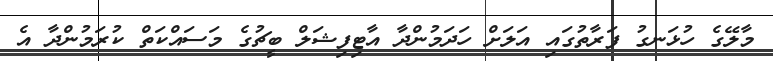
މާލޭގެ ހުޅަނގު ފަރާތުގައި އަލަށް ހަދަމުންދާ އާޓިފިޝަލް ބީޗުގެ މަސައްކަތް ކުރަމުންދާ އެ